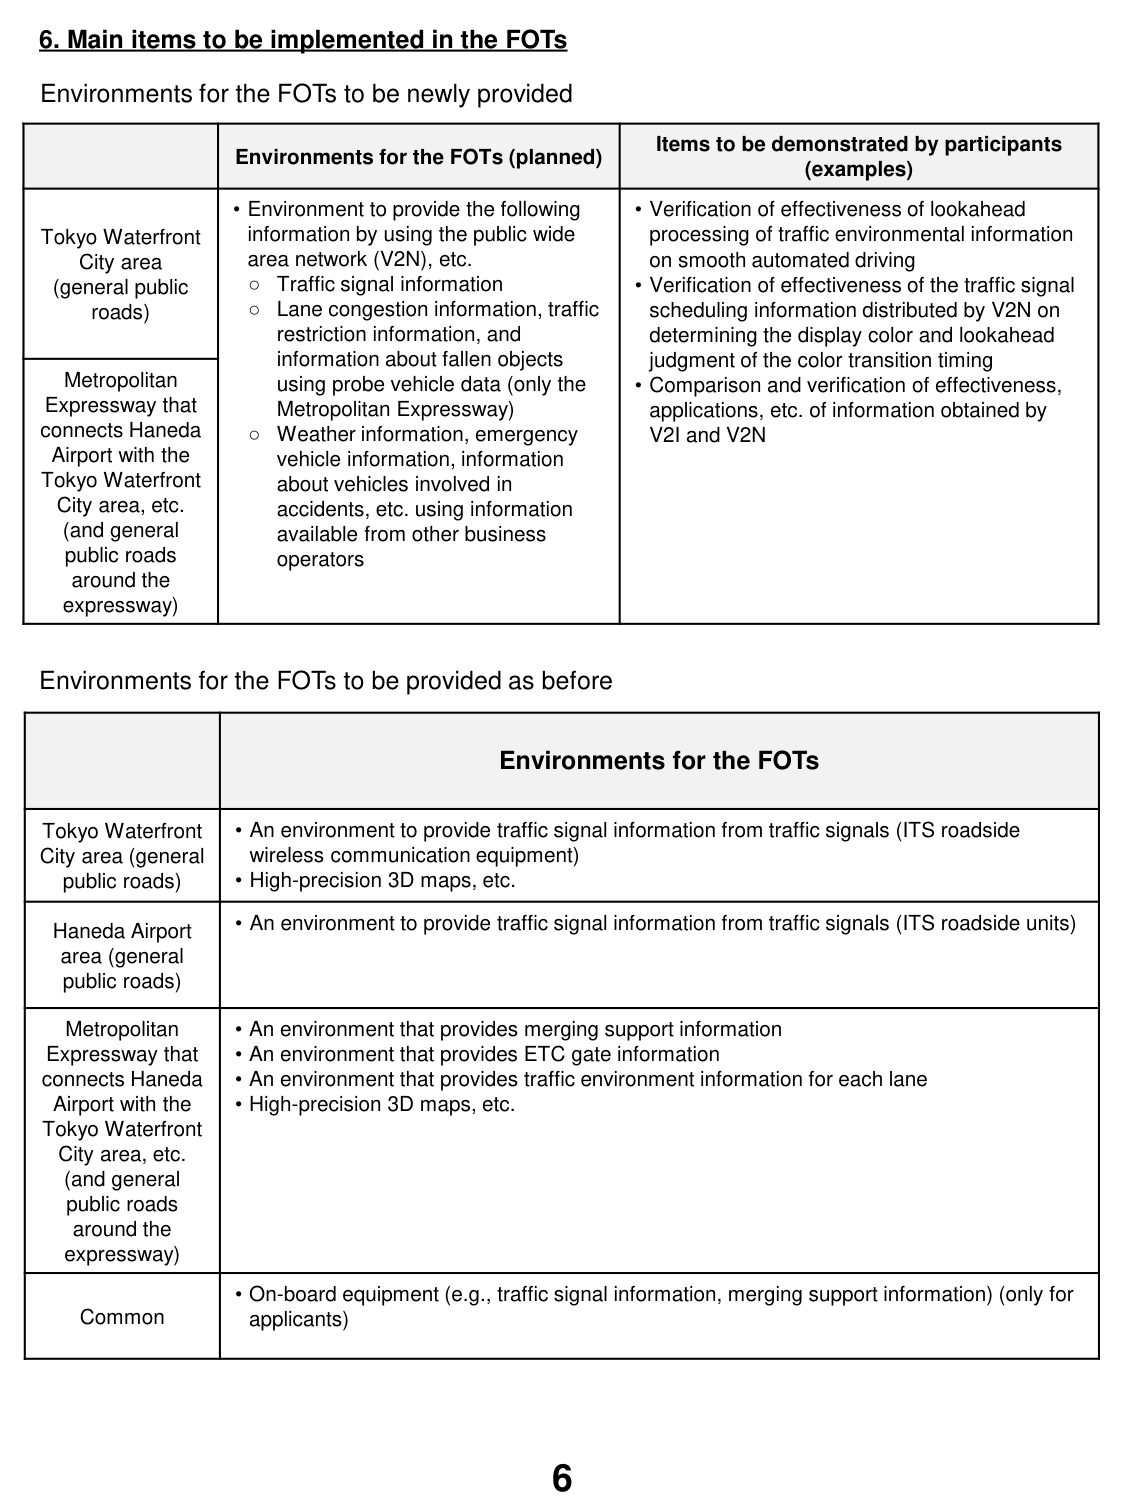
6. Main items to be implemented in the FOTs

Environments for the FOTs to be newly provided

| | Environments for the FOTs (planned) | Items to be demonstrated by participants (examples) |
|---|---|---|
| Tokyo Waterfront City area (general public roads) | • Environment to provide the following information by using the public wide area network (V2N), etc.<br> ○ Traffic signal information<br> ○ Lane congestion information, traffic restriction information, and information about fallen objects using probe vehicle data (only the Metropolitan Expressway)<br> ○ Weather information, emergency vehicle information, information about vehicles involved in accidents, etc. using information available from other business operators | • Verification of effectiveness of lookahead processing of traffic environmental information on smooth automated driving<br>• Verification of effectiveness of the traffic signal scheduling information distributed by V2N on determining the display color and lookahead judgment of the color transition timing<br>• Comparison and verification of effectiveness, applications, etc. of information obtained by V2I and V2N |
| Metropolitan Expressway that connects Haneda Airport with the Tokyo Waterfront City area, etc. (and general public roads around the expressway) | | |

Environments for the FOTs to be provided as before

| | Environments for the FOTs |
|---|---|
| Tokyo Waterfront City area (general public roads) | • An environment to provide traffic signal information from traffic signals (ITS roadside wireless communication equipment)<br>• High-precision 3D maps, etc. |
| Haneda Airport area (general public roads) | • An environment to provide traffic signal information from traffic signals (ITS roadside units) |
| Metropolitan Expressway that connects Haneda Airport with the Tokyo Waterfront City area, etc. (and general public roads around the expressway) | • An environment that provides merging support information<br>• An environment that provides ETC gate information<br>• An environment that provides traffic environment information for each lane<br>• High-precision 3D maps, etc. |
| Common | • On-board equipment (e.g., traffic signal information, merging support information) (only for applicants) |

6